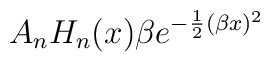
A_nH_n(x)\beta e^{-\frac{1}{2}(\beta x)^2}